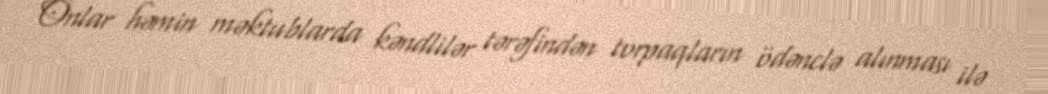
Onlar həmin məktublarda kəndlilər tərəfindən torpaqların ödənclə alınması ilə